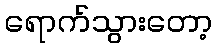
ရောက်သွားတော့